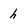
Character: h